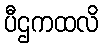
ပီဌကထလိ